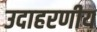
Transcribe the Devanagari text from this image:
उदाहरणीय